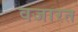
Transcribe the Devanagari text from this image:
वजारत